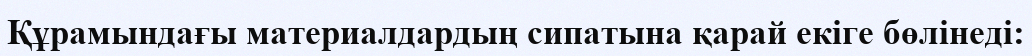
Құрамындағы материалдардың сипатына қарай екіге бөлінеді: